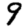
Digit: 9